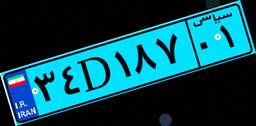
۳۴D۱۸۷۰۱